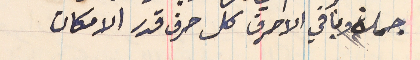
جملة وباقي الاحرف كل حرف قدر الامكان